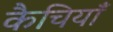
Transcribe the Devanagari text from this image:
कैचियाँ